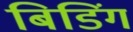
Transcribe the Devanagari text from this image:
बिडिंग